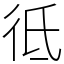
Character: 彽